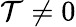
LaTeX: \mathcal{T}\ne0